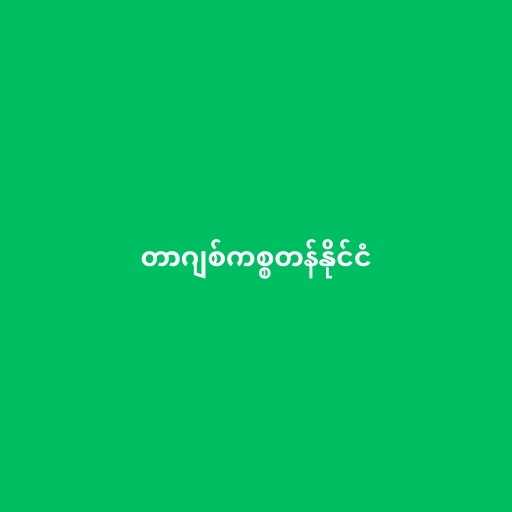
တာဂျစ်ကစ္စတန်နိုင်ငံ